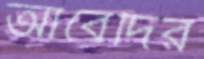
আবেদির